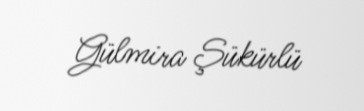
Gülmira Şükürlü